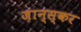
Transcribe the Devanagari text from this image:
ज़ान्स्कर